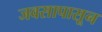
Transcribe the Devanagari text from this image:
जवसापासून